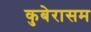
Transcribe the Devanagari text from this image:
कुबेरासम